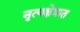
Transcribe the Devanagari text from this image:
नृत्यक्षेत्रात